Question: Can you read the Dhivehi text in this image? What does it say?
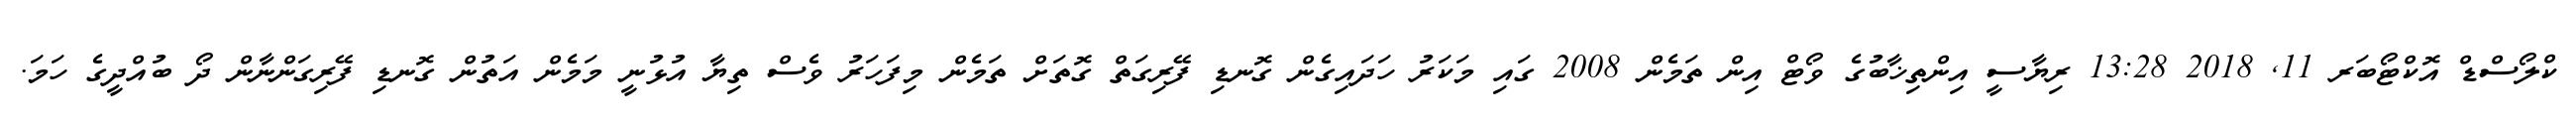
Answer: ކްލޯސްޑް އޮކްޓޯބަރ 11, 2018 13:28 ރިޔާސީ އިންތިޚާބުގެ ވޯޓް އިން ތަމެން 2008 ގައި މަކަރު ހަދައިގެން ގޮނޑި ފޭރިގަތް ގޮތަށް ތަމެން މިފަހަރު ވެސް ތިޔާ އުޅުނީ މަމެން އަތުން ގޮނޑި ފޭރިގަންނާން ދޯ ބުއްދީގެ ހަމަ.